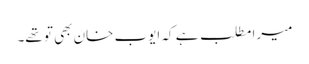
میرا مطلب ہے کہ ایوب خان بھی تو تھے۔